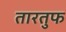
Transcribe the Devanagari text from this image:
तारतुफ